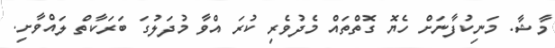
މާޝާ. މަނިކުފާނަށް ހެޔޮ ގޮތްތައް މެދުވެރި ކުރަ އްވާ މުދަލުގަ ބަރަކާތް ލައްވާށި.